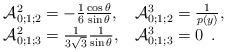
LaTeX: \begin{align*}\begin{tabular}{ll}$\mathcal{A}_{0;1;2}^2=-\frac 16\frac{\cos \theta }{\sin \theta },$ & $\mathcal{A}_{0;1;2}^3=\frac 1{p(y)},$ \\$\mathcal{A}_{0;1;3}^2=\frac 1{3\sqrt{3}}\frac 1{\sin \theta },$ & $\mathcal{A}_{0;1;3}^3=0$ \,.\end{tabular}\end{align*}